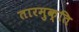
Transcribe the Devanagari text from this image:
तारमुक्ति